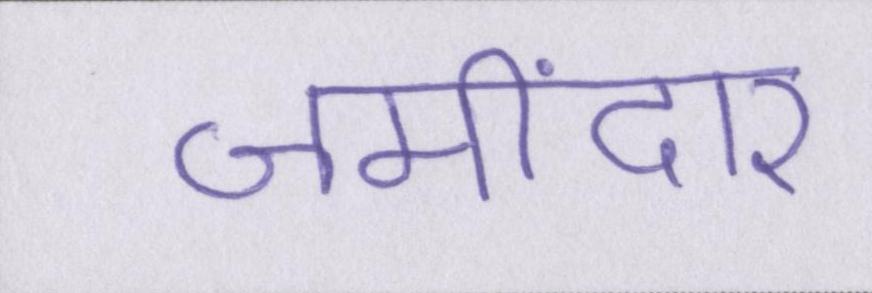
जमींदार